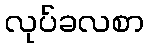
လုပ်ခလစာ